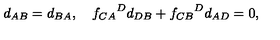
d _ { A B } = d _ { B A } , \quad { f _ { C A } } ^ { D } d _ { D B } + { f _ { C B } } ^ { D } d _ { A D } = 0 ,